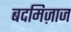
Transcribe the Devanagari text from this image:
बदमिज़ाज